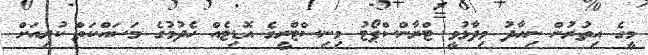
މީގެ އިތުރުން ނިހާދު ވިދާޅުވީ ޓްރާންސްޕޯޓު މިނިސްޓްރީގެ އޮޑިޓެއް ހެދުމުގެ މަސައްކަތް ކުރިއަށް